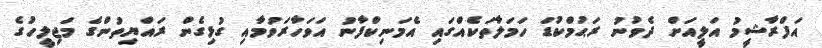
އަފްރާޝީމު އަލީއަށް ދެވުނު ރަޙުމްކުޑަ ހަމަލާތަކެއްގައި އެމަނިކްފާނު އަވަހާރަވުމާއި ގުޅިގެން ރައްޔިތުންގެ މަޖިލީހުގެ